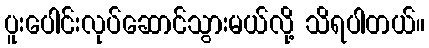
ပူးပေါင်းလုပ်ဆောင်သွားမယ်လို့ သိရပါတယ်။